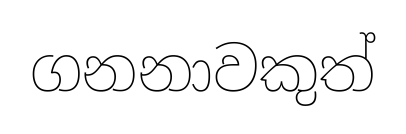
ගනනාවකුත්